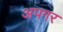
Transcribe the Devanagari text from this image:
अपगर